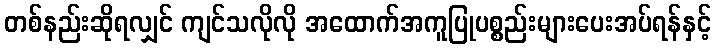
တစ်နည်းဆိုရလျှင် ကျင်သလိုလို အထောက်အကူပြုပစ္စည်းများပေးအပ်ရန်နှင့်